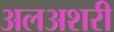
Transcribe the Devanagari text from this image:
अलअशरी